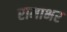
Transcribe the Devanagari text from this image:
रामाभर